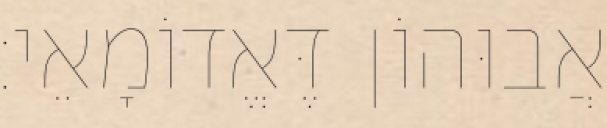
אֲבוּהוֹן דֶּאֱדוֹמָאֵי׃